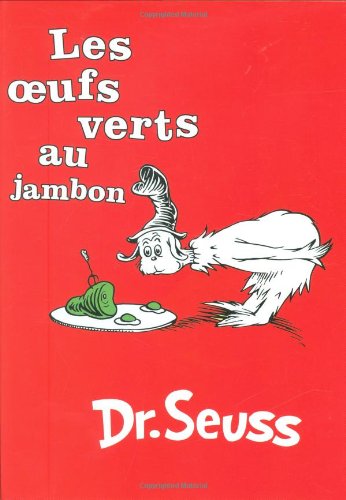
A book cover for Les Oeufs Verts au Jambon: The French Edition of Green Eggs and Ham (I Can Read It All by Myself Beginner Books); Dr. Seuss; Children's Books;